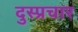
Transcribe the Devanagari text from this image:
दुस्प्रचार